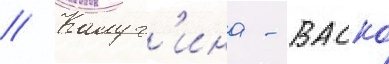
// Калуг'ина - васко